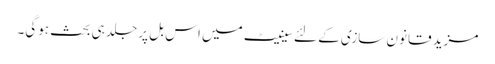
مزید قانون سازی کے لئےسینیٹ میں اس بل پر جلد ہی بحث ہوگی۔